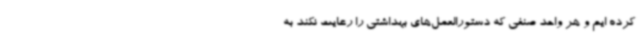
کرده ایم و هر واحد صنفی که دستورالعمل‌های بهداشتی را رعایت نکند به